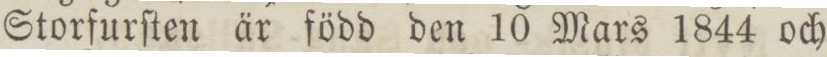
Storfurſten är född den 10 Mars 1844 och